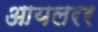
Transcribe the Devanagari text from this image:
आयलरर